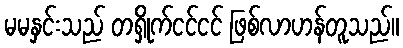
မမနှင်းသည် တရှိုက်ငင်ငင် ဖြစ်လာဟန်တူသည်။